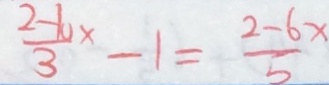
\frac { 2 - 1 0 x } { 3 } - 1 = \frac { 2 - 6 x } { 5 }